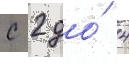
с 2 до́ 4